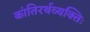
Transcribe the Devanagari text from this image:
कांतिरर्थव्यक्तिः